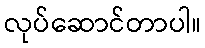
လုပ်ဆောင်တာပါ။